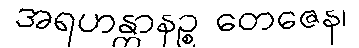
အရဟန္တာနဉ္စ တေဇေန၊